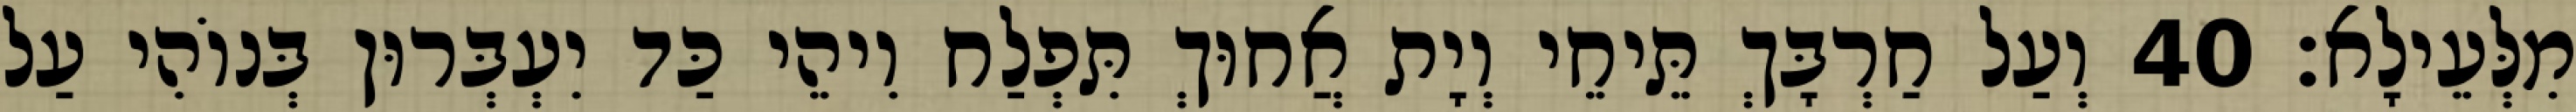
מִלְּעֵילָא׃ 40 וְעַל חַרְבָּךְ תֵּיחֵי וְיָת אֲחוּךְ תִּפְלַח וִיהֵי כַּד יִעְבְּרוּן בְּנוֹהִי עַל